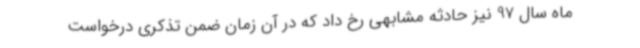
ماه سال 97 نیز حادثه مشابهی رخ داد که در آن زمان ضمن تذکری درخواست